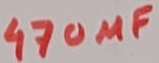
Text: 470µF